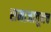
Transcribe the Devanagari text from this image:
समाजातूनच